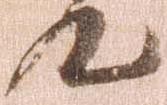
汰